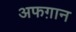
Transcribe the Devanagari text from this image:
अफग़ान